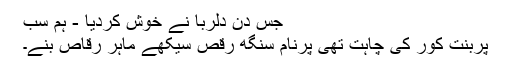
جس دن دلربا نے خوش کردیا - ہم سب
پربنت کور کی چاہت تھی پرنام سنگھ رقص سیکھے ماہر رقاص بنے۔